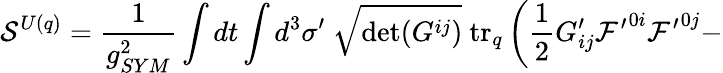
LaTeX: {\cal S}^{U(q)}=\frac{1}{g_{SYM}^{2}}\int dt\int d^{3}\sigma^{\prime}~\sqrt{\operatorname*{det}(G^{ij})}~\mathrm{tr}_{q}\left(\frac{1}{2}G_{ij}^{\prime}{\cal F^{\prime}}^{0i}{\cal F^{\prime}}^{0j}-\right.